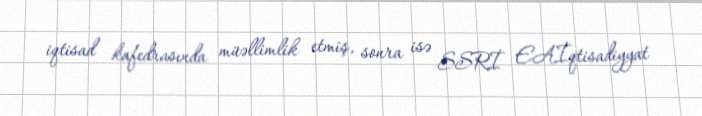
iqtisad kafedrasında müəllimlik etmiş, sonra isə SSRİ EAİqtisadiyyat